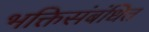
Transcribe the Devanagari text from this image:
भक्तिसंबंधित